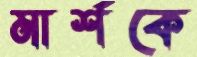
মার্শকে